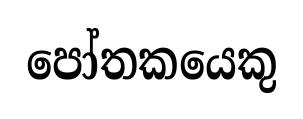
පෝතකයෙකු